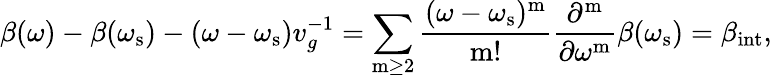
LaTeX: \beta(\omega)-\beta(\omega_{\mathrm{s}})-(\omega-\omega_{\mathrm{s}})v_{g}^{-1}=\sum_{\mathrm{m}\ge 2}\frac{(\omega-\omega_{\mathrm{s}})^{\mathrm{m}}}{\mathrm{m}!}\frac{{\partial^{\mathrm{m}}}}{\partial{\omega^{\mathrm{m}}}}\beta(\omega_{\mathrm{s}})=\beta_{\mathrm{int}},